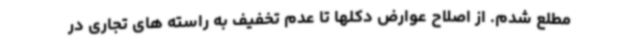
مطلع شدم. از اصلاح عوارض دکلها تا عدم تخفیف به راسته های تجاری در